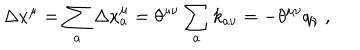
\Delta x ^ { \mu } = \sum _ { a } \Delta x _ { a } ^ { \mu } = \theta ^ { \mu \nu } \sum _ { a } k _ { a \nu } = - \theta ^ { \mu \nu } q _ { \nu } \ ,